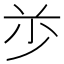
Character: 𰰦